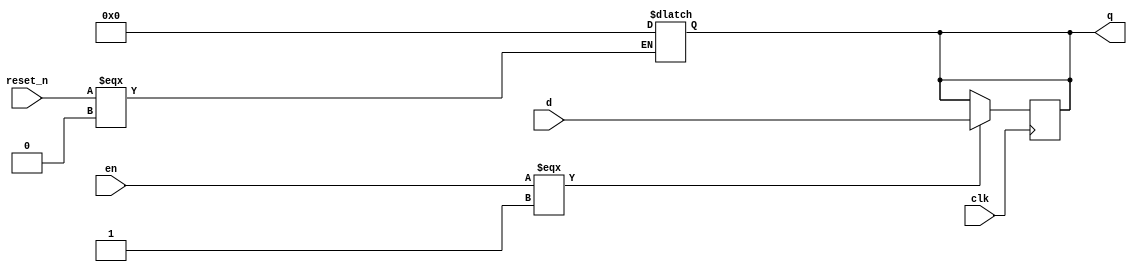
module register64_res_n_en( clk,
                            reset_n,
                            en,
                            d, q
);
    input clk, reset_n, en;
    input [63:0] d;

    output reg[63:0] q;

    always @(posedge clk) 
    begin
        if (en === 1'b1)
            q <= d;
        else
            q <= q;
    end

    always @(*) 
    begin
        if (reset_n === 1'b0)
            q <= 64'b0;
        else 
            q <= q;
    end 
endmodule